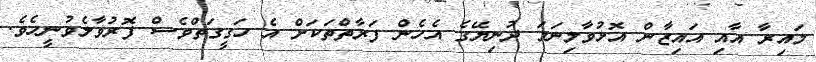
މައިރާ އާއި އައިޒާން އޮޅުވާލިނަމަ ދުނިޔޭގެ އެހެން ފަރާތްތަކަށް އެ ހަގީގަތްވެސް ފޮރުވާލެވުނީހެވެ.